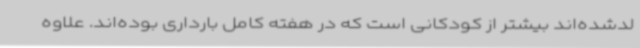
لدشده‌اند بیشتر از کودکانی است که در هفته کامل بارداری بوده‌اند. علاوه